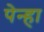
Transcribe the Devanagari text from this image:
पेन्हा